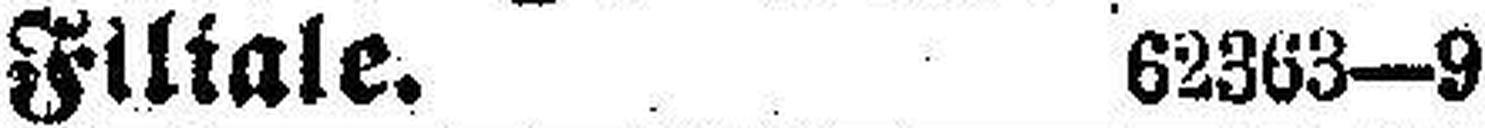
Filiale. 62363—9